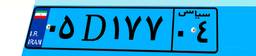
۰۵D۱۷۷۰۴